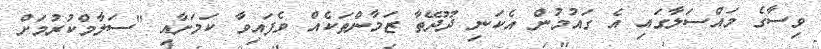
ވިސާގެ މައްސަލާގައި އެ ގައުމުން އެކަނި ދޫދޭތާ ޒަމާންތަކެއް ވެފައިވާ ކަމަށާއި "ސަލާމްކުރުމަށް